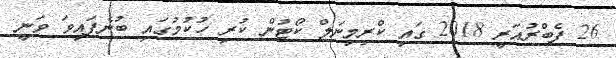
26 ފެބްރުއަރީ 2018 ގައި ކްރިމިިނަލް ކޯޓުން ކުރި ހުކުމުގައި ބުނެފައިވަ ވަނީ